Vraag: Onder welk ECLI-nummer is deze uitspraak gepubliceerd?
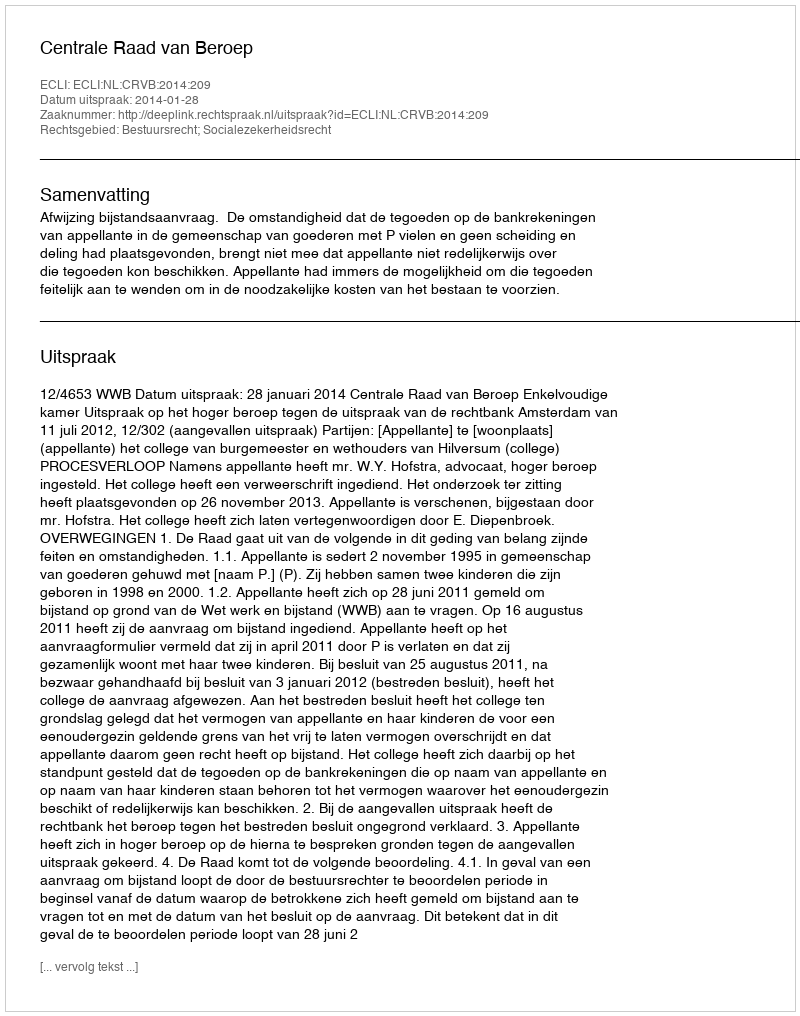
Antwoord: ECLI:NL:CRVB:2014:209